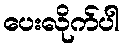
ပေးလိုက်ပါ